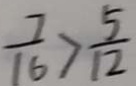
\frac { 7 } { 1 6 } > \frac { 5 } { 1 2 }